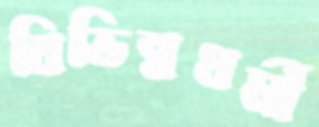
বিভিন্নধর্মী